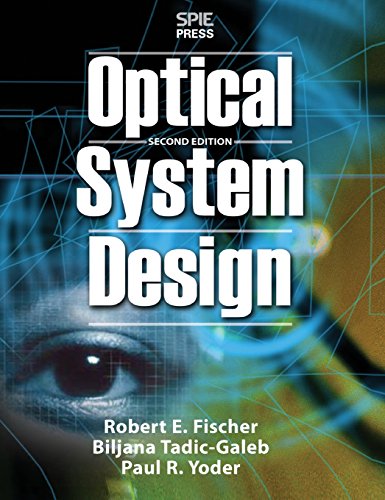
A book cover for Optical System Design, Second Edition; Robert Fischer; Arts & Photography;